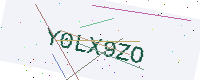
Text: Y0LX9ZO